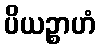
ပိယဉ္စာဟံ